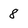
Character: 8